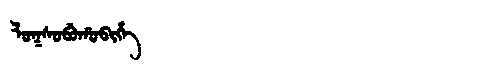
Manchu: ᠯᠣᡴᠰᠣᠪᡠᡥᠣᠪᡳᡥᡝ
Romanization: LOKSOBUHOBIHE